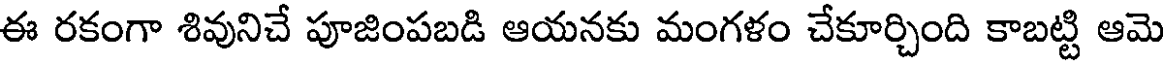
ఈ రకంగా శివునిచే పూజింపబడి ఆయనకు మంగళం చేకూర్చింది కాబట్టి ఆమె